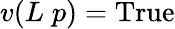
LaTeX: v(L\; p)={\mathrm{True}}